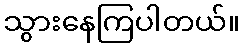
သွားနေကြပါတယ်။